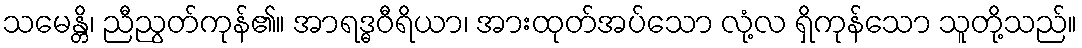
သမေန္တိ၊ ညီညွတ်ကုန်၏။ အာရဒ္ဓဝီရိယာ၊ အားထုတ်အပ်သော လုံ့လ ရှိကုန်သော သူတို့သည်။